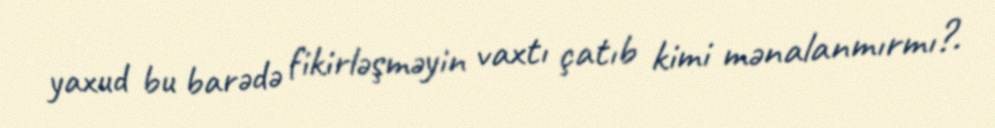
yaxud bu barədə fikirləşməyin vaxtı çatıb kimi mənalanmırmı?.